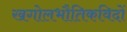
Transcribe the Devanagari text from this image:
खगोलभौतिकविदों